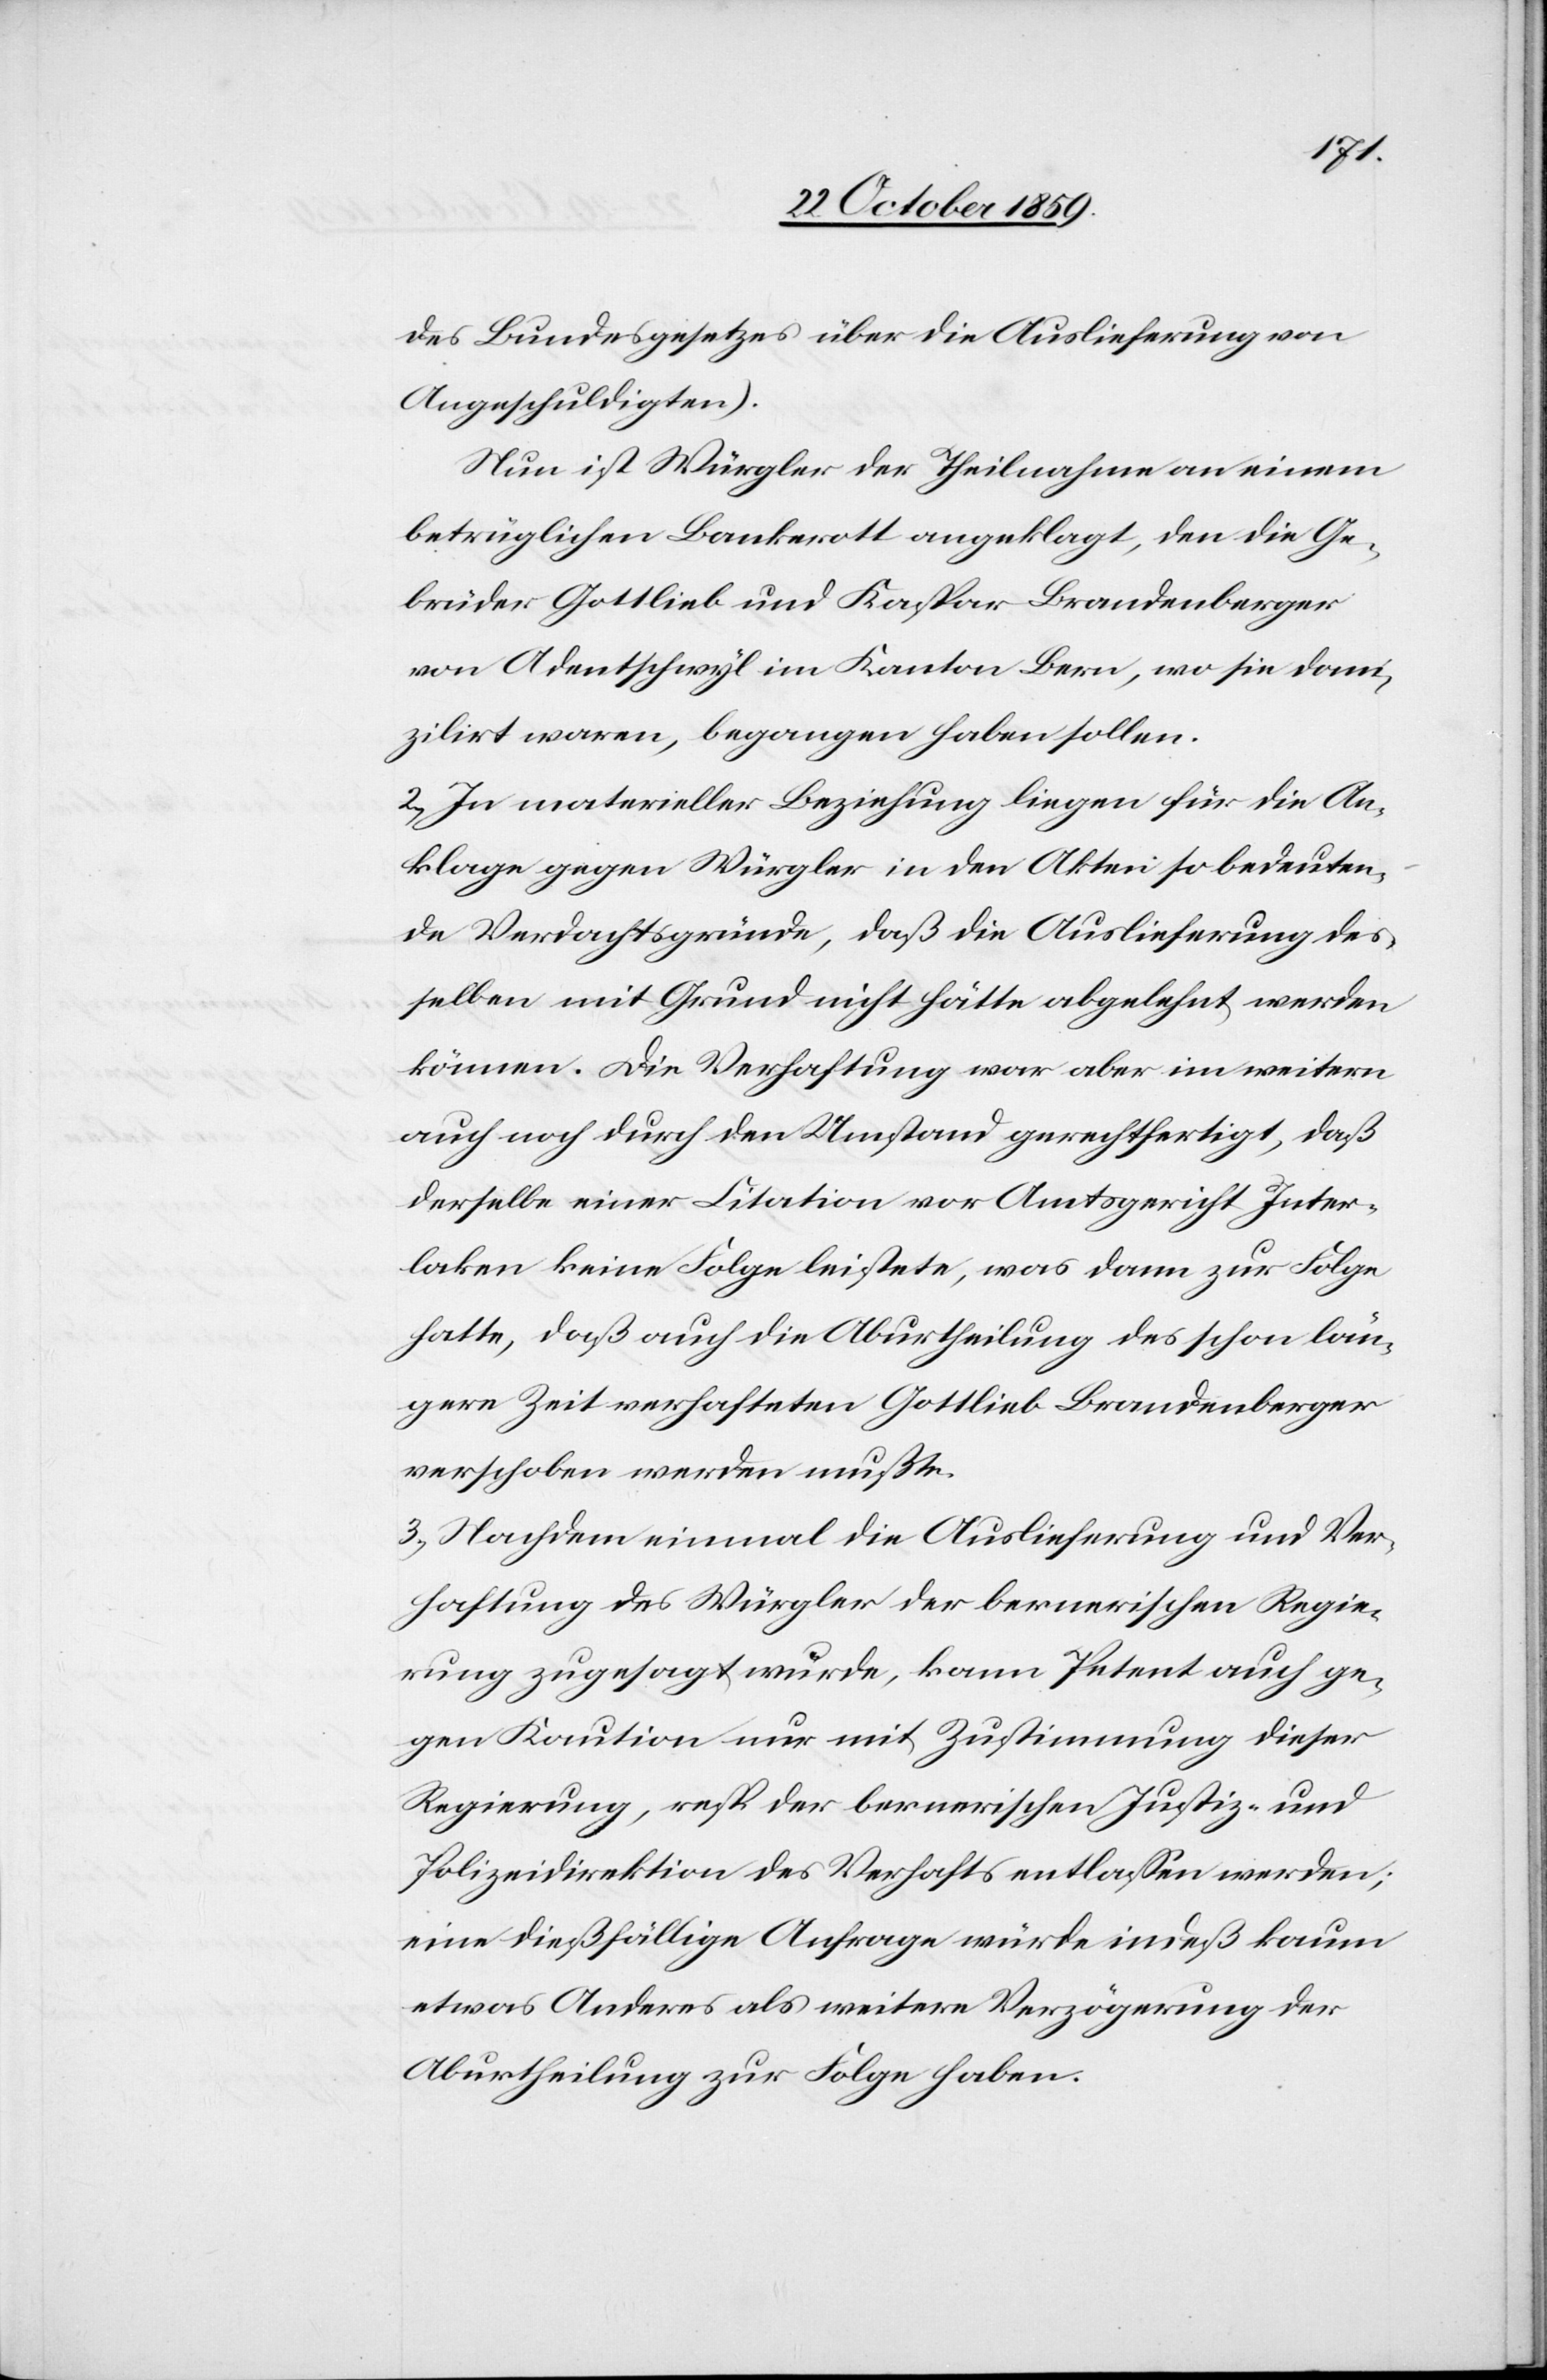
des Bundesgesetzes über die Auslieferung von
Angeschuldigten).
Nun ist Würgler der Theilnahme an einem
betrüglichen Bankerott angeklagt, den die Ge¬
brüder Gottlieb und Kaspar Brandenberger
von Adentschwyl im Kanton Bern, wo sie domi¬
zilirt waren, begangen haben sollen.
2.) In materieller Beziehung liegen für die An¬
klage gegen Würgler in den Akten so bedeuten¬
de Verdachtsgründe, daß die Auslieferung des¬
selben mit Grund nicht hätte abgelehnt werden
können. Die Verhaftung war aber im weitern
auch noch durch den Umstand gerechtfertigt, daß
derselbe einer Citation vor Amtsgericht Inter¬
laken keine Folge leistete, was dann zur Folge
hatte, daß auch die Aburtheilung des schon län¬
gere Zeit verhafteten Gottlieb Brandenberger
verschoben werden mußte.
3.) Nachdem einmal die Auslieferung und Ver¬
haftung des Würgler der bernerischen Regie¬
rung zugesagt wurde, kann Petent auch ge¬
gen Kaution nur mit Zustimmung dieser
Regierung, resp. der bernerischen Justiz- und
Polizeidirektion des Verhafts entlassen werden;
eine dießfällige Anfrage würde indeß kaum
etwas Anderes als weitere Verzögerung der
Aburtheilung zur Folge haben.